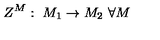
Z ^ { M } : \ M _ { 1 } \rightarrow M _ { 2 } \ \forall M